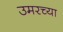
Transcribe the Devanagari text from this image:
उमरच्या